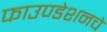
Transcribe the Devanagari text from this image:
फाउण्डेशनचे